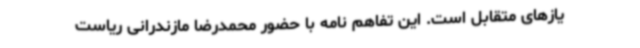
یازهای متقابل است. این تفاهم نامه با حضور محمدرضا مازندرانی ریاست